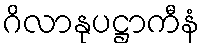
ဂိလာနုပဋ္ဌာကီနံ